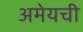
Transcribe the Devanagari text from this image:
अमेयची